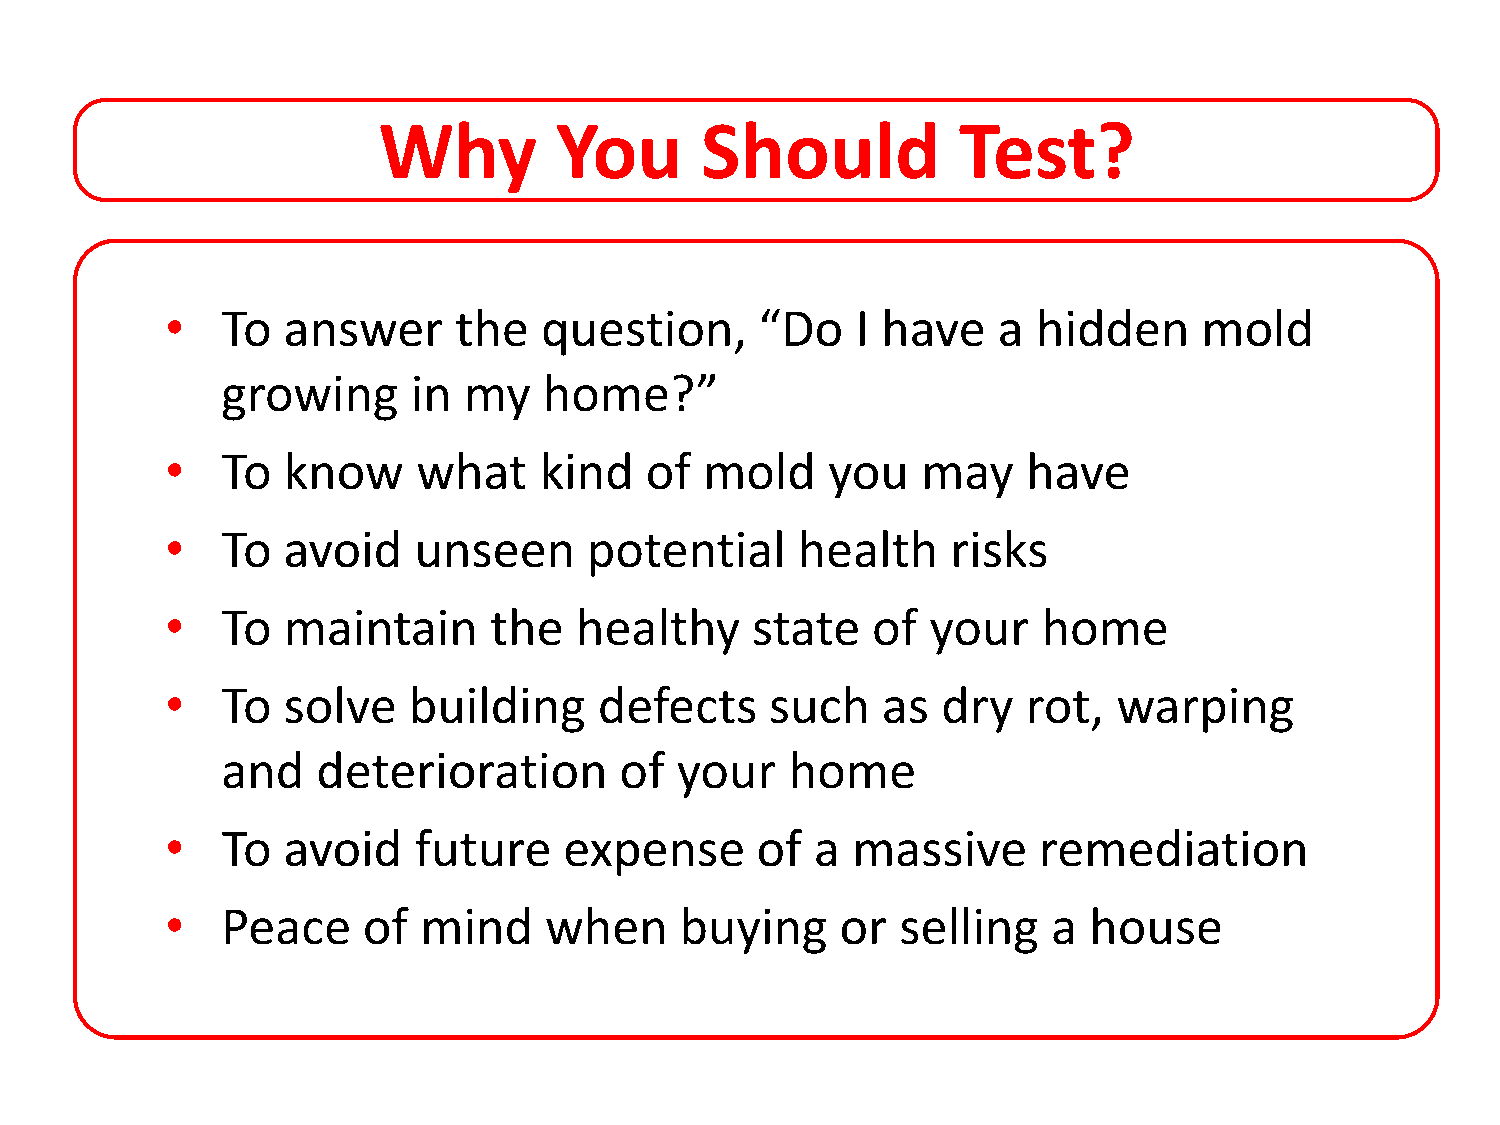
Why         You      Should           Test?
 •   To  answer     the   question,     “Do    I have   a  hidden     mold
 growing     in  my   home?”
 •   To  know     what    kind   of  mold    you   may    have
 •   To  avoid   unseen      potential     health    risks
 •   To  maintain     the   healthy     state   of  your   home
 •   To  solve   building     defects    such   as  dry   rot,  warping
 and   deterioration       of  your   home
 •   To  avoid   future    expense      of  a massive      remediation
 •   Peace    of  mind    when     buying     or  selling   a house